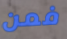
فمن